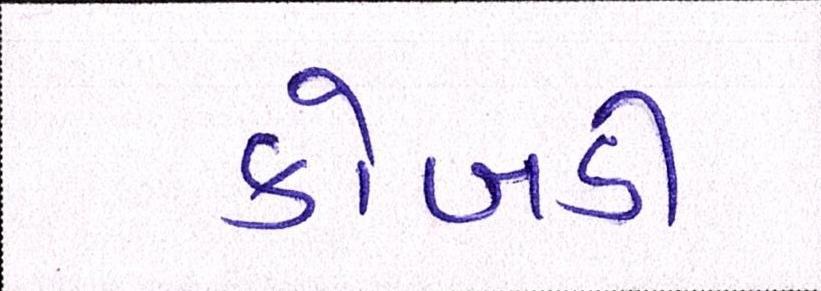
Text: કોબડી